画像に写った文字を読んでください
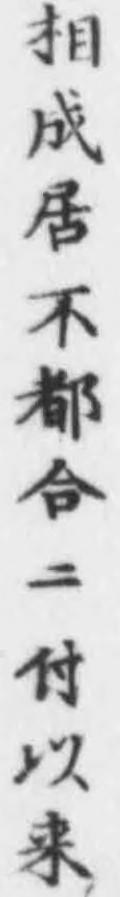
「相成居不都合ニ付以来」と書いてあります